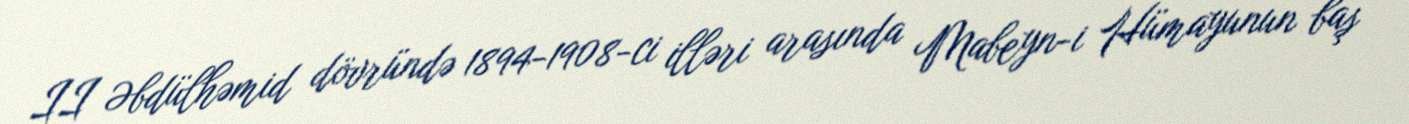
II Əbdülhəmid dövründə 1894-1908-ci illəri arasında Mabeyn-i Hümayunun baş